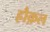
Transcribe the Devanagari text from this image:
हौक़ल